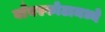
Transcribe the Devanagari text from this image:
बाँबस्फोटामध्ये